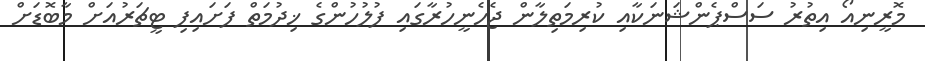
މޮރީނިއޯ އިތުރު ސަސްޕެންޝަނަކާއި ކުރިމަތިލާން ޖެހެނީހުރާގައި ފުލުހުންގެ ޚިދުމަތް ފަށައިފި ޓީޗަރުއަށް މާބޮޑަށް